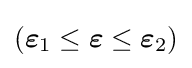
({\boldsymbol {\varepsilon }}_{1}\leq {\boldsymbol {\varepsilon }}\leq {\boldsymbol {\varepsilon }}_{2})